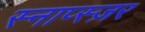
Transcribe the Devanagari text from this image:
स्नाप्स्ज़र